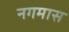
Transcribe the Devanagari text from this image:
नगमास